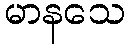
မာနသေ